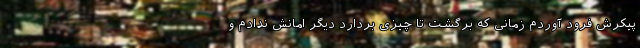
پیکرش فرود آوردم زمانی که برگشت تا چیزی بردارد دیگر امانش ندادم و